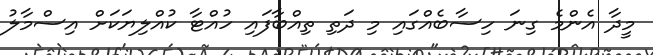
މީދާ އެންމެ ގިނަ ހިސާބެއްގައި މި ދަތި ތިއްބާފައި ހުއްޓާ ކުއްލިޔަކަށް އިސްމާލު